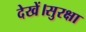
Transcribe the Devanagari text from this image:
देखें।सुरक्षा